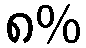
၈%